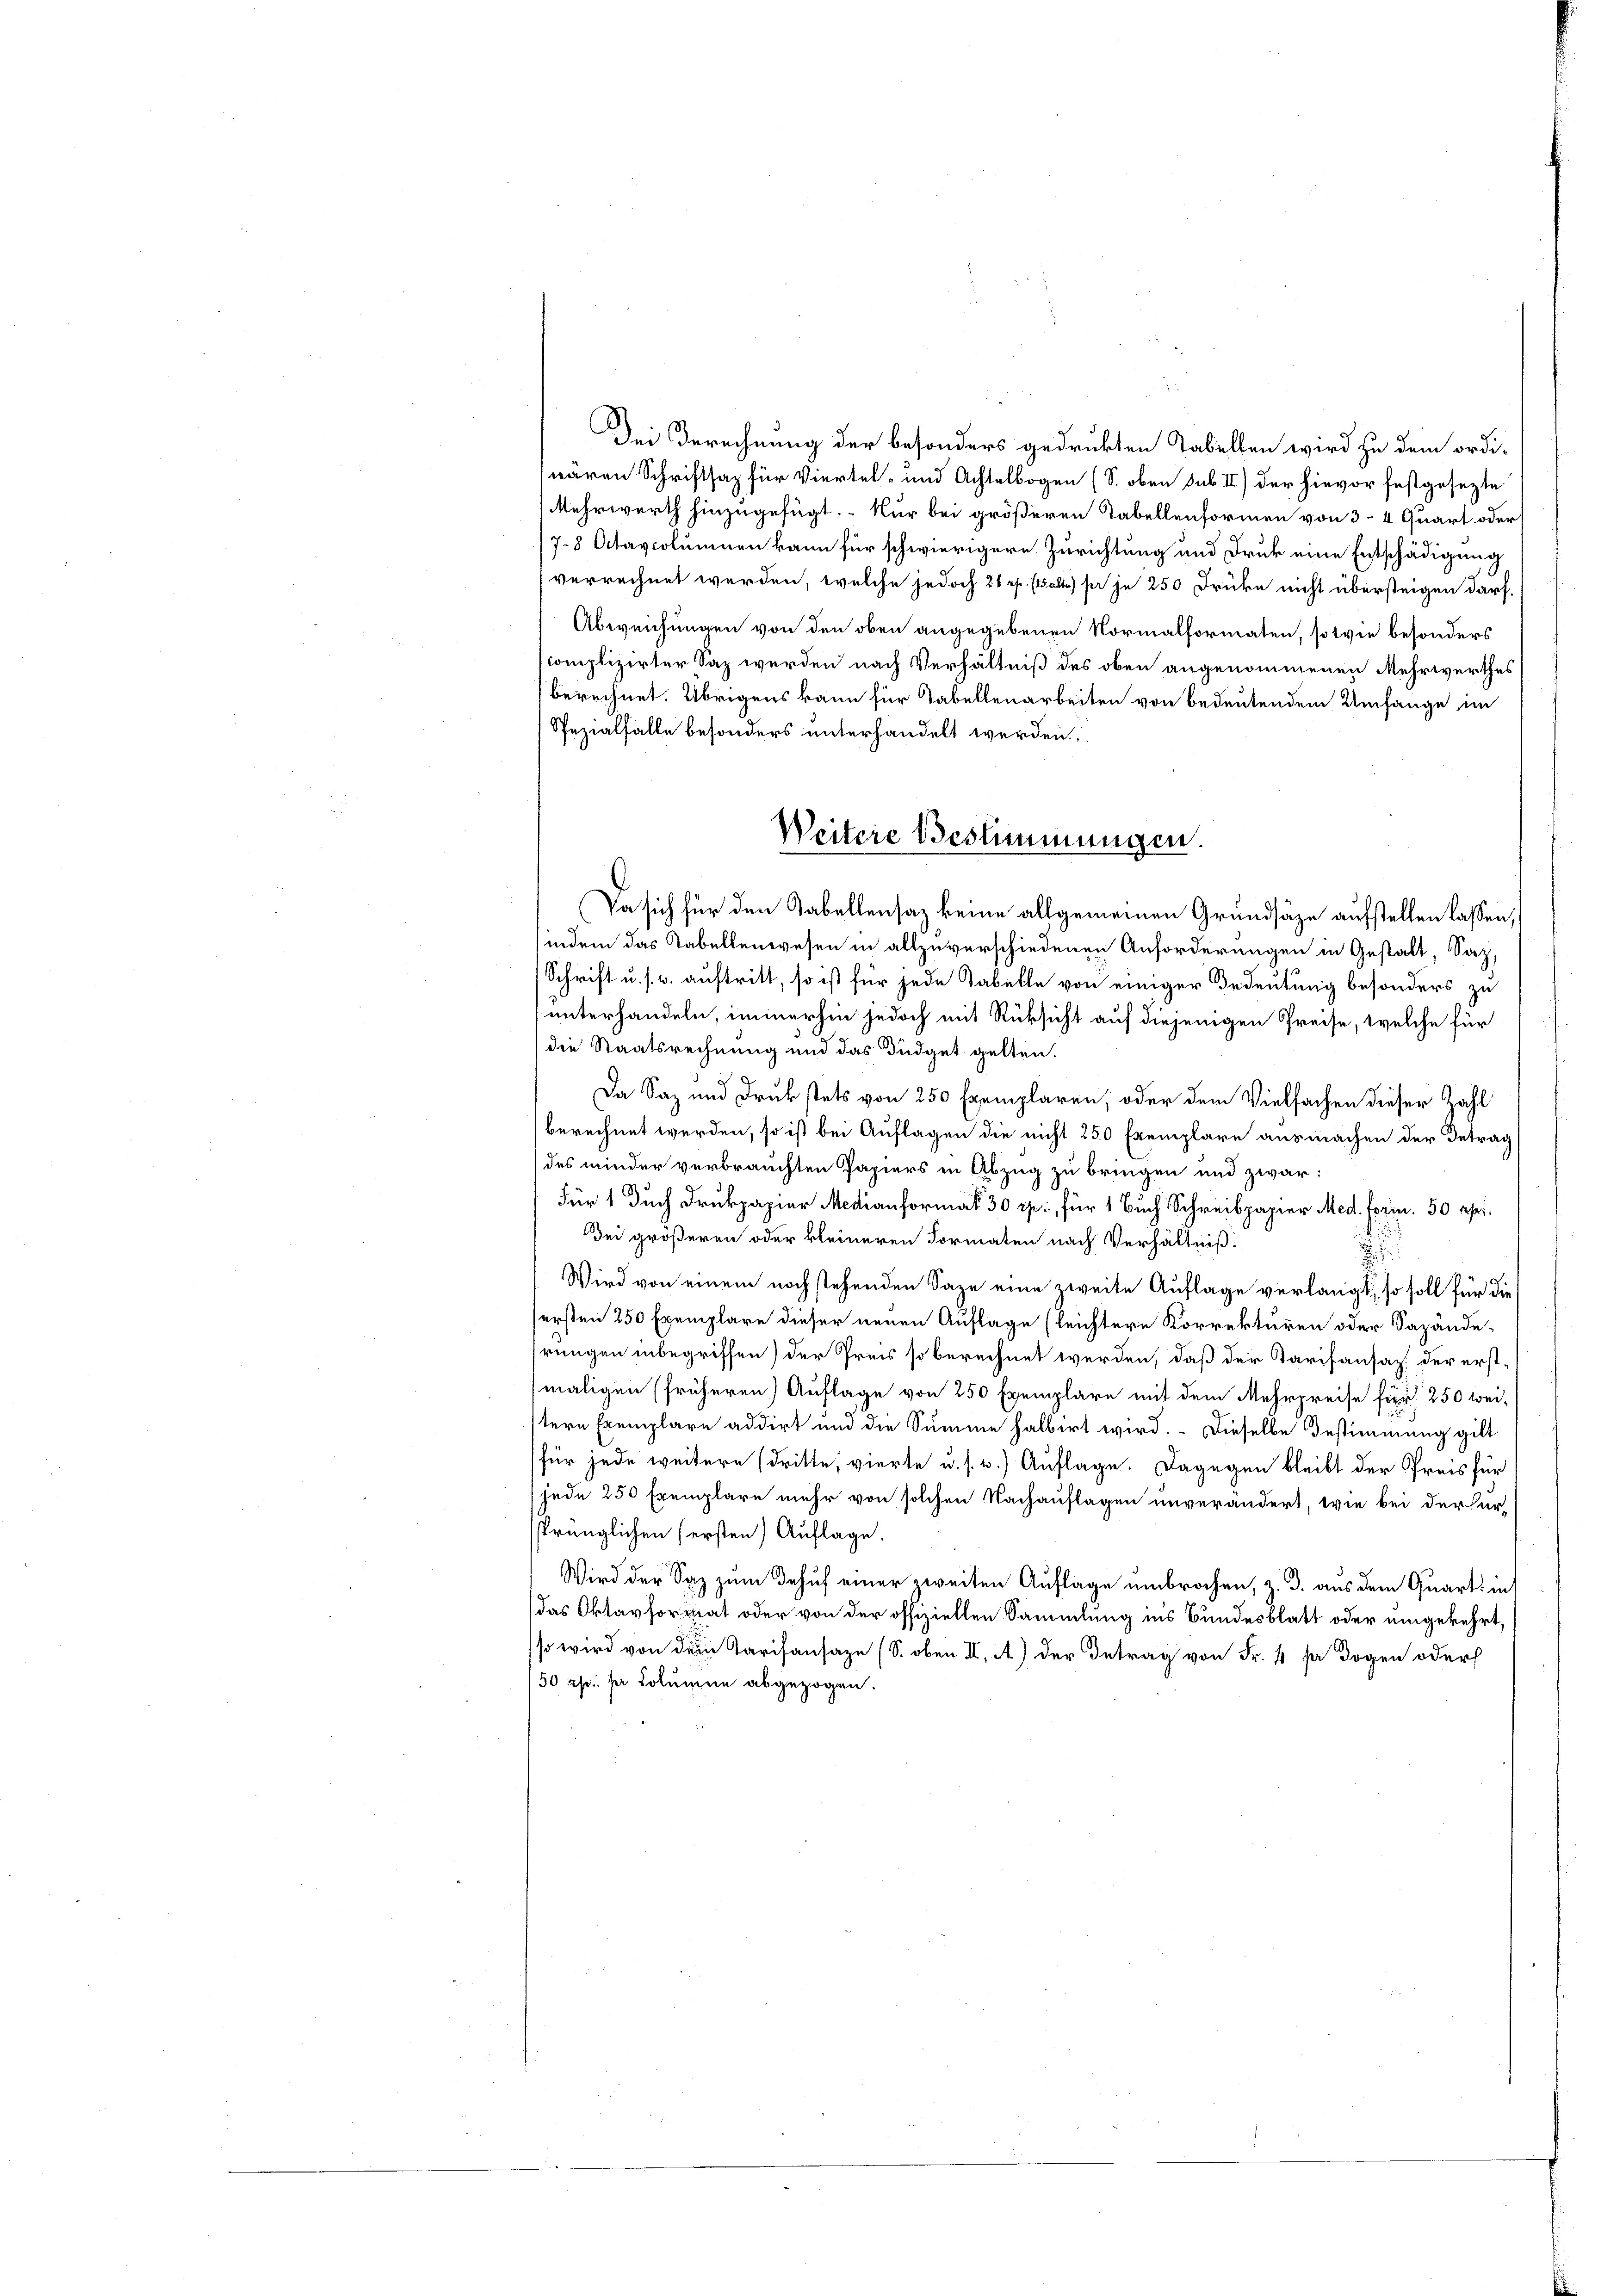
Dei Berechnung der besonders gedrukten Tabellen wird zu dem ordiwären Schriftsag für Viertel- und Achtelbogen (S. oben sub II) der hievor festgesezte
Mehrwerth hinzugefügt. Nur bei größeren Tabellenformen von 3-4 Quart oder
/78 Atavcolumnen kann für schwierigere Zurichtung und Druk eine Entschädigung
verrechnet werden, welche jedoch 21 f. (alte sie je 250 Drücke nicht übersteigen darf.
Abweichungen von den oben angegebenen Normalformaten, sowie besonders
scomplizirter Saz werden nach Verhältniß des oben angenommenen Mehrwerthes
berechnet. Übrigens kann für Tabellenarbeiten von bedeutendem Umfange im
Pezialfalle besonders unterhandelt werden.
(indem das Tabellenwesen in allzuverschiedenen Anforderungen in Gestalt, Saz,
Schrift u. s. w. auftritt, so ist für jede Tabelle von einiger Bedeutung besonders zu
unterhandeln, immerhin jedoch mit Rüksicht auf diejenigen Preise, welche für
die Staatsrechnung und das Büdget gelten.
Da Saz und Druckstets von 250 Exemplaren, oder dem Vielfachen dieser Zahl
berechnet werden, so ist bei Auflagen die nicht 250 Exemplare ausmachen der Betrag
des minder verbrauchten Papiers in Abzug zu bringen und zwar:
Für 1 Duch Drukpapier Medianformat 30 rp., für 1 Buch Schreibpapier Med. Formn. 50 rp.
Dei größeren oder kleineren Formaten nach Verhältniß

Wird von einem noch stehenden Sage eine zweite Auflage verlangt, so soll für die
ersten 250 Exemplare dieser neuen Auflage (leichtere Korrekturen oder Sazänderungen inbegriffen) der Preis so berechnet werden, daß der Tarifansaz. der erstmaligen (früheren) Auflage von 250 Exemplare mit dem Mehrpreise für 250 wei-
stern Exemplare addirt und die Summe halbirt wird. - Dieselbe Bestimmung gilt
für jede weitere (dritte, vierte u. s. w.) Auflage. Dagegen bleibt der Preis für
jede 250 Exemplare mehr von solchen Nachauflagen unverändert, wie bei der Für-
sprünglichen (ersten Auflage.
Wird der Saz zum Behuf einer zweiten Auflage umbrochen, z. d. aus dem Quarts in
das Oktavformat oder von der offiziellen Sammlung ins Bundesblatt oder umgekehrt
so wird von dem Parisansaze (S. oben II. A.) der Betrag von Fr. 4 sa sogen oder
50 fr. per Columne abgezogen.

Weitere Bestimmungen.
Da sich für den Gabellensaz keine allgemeinen Grundsätze aufstellen lassen,